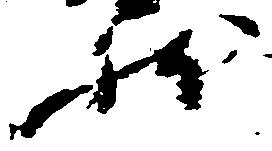
状